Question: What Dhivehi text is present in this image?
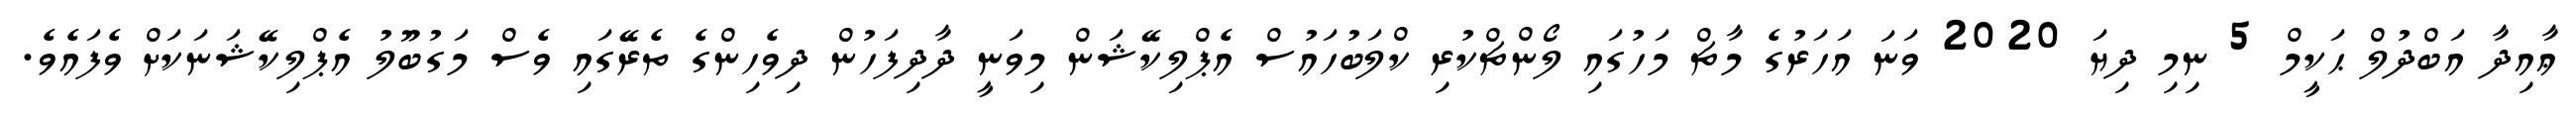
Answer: ޢާއިދާ އަބްދުލް ޙަކީމް 5 ނިމި ދިޔަ 2020 ވަނަ އަހަރުގެ މާޗް މަހުގައި ލޯންޗްކުރި ކްލަބުހައުސް އެޕްލިކޭޝަން މިވަނީ ދާދިފަހުން ދިވެހިންގެ ތެރޭގައި ވެސް މަގުބޫލު އެޕްލިކޭޝަނަކަށް ވެފައެވެ.